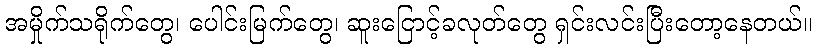
အမှိုက်သရိုက်တွေ၊ ပေါင်းမြက်တွေ၊ ဆူးငြောင့်ခလုတ်တွေ ရှင်းလင်းပြီးတော့နေတယ်။